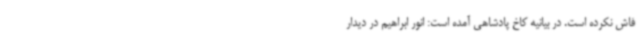
فاش نکرده است. در بیانیه کاخ پادشاهی آمده است: انور ابراهیم در دیدار